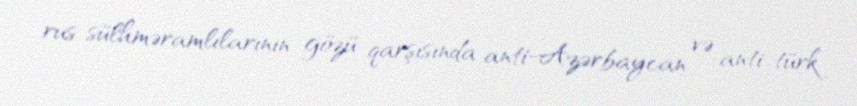
rus sülhməramlılarının gözü qarşısında anti-Azərbaycan və anti-türk